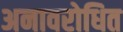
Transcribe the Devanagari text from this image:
अनावरोधित